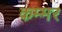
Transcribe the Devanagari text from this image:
कम्मर